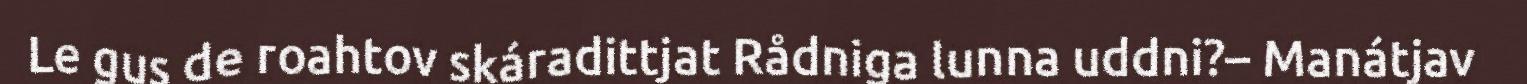
Le gus de roahtov skáradittjat Rådniga lunna uddni?– Manátjav